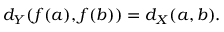
d _ { Y } \! \left( f ( a ) , f ( b ) \right) = d _ { X } ( a , b ) .